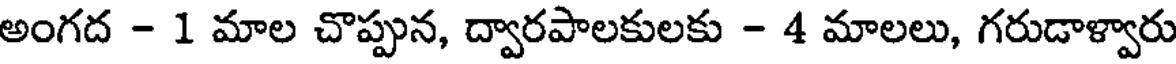
అంగద - 1 మాల చొప్పున, ద్వారపాలకులకు - 4 మాలలు, గరుడాళ్వారు